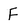
Character: F